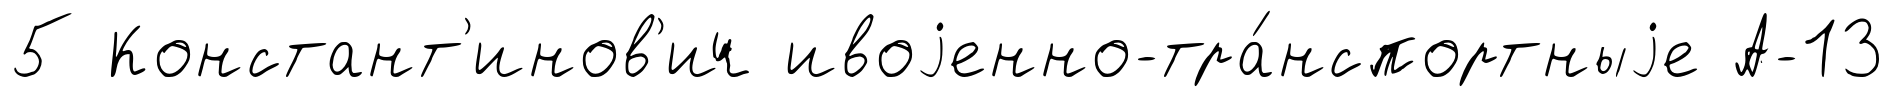
5 Констант'инов'ич ивоjенно-тра́нспортныjе А-13